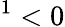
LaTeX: ^1<0